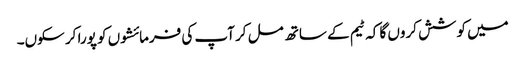
میں کوشش کروں گا کہ ٹیم کے ساتھ مل کر آپ کی فرمائشوں کو پورا کر سکوں۔